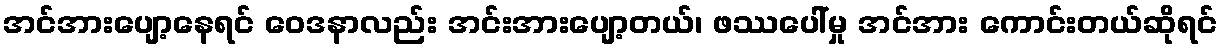
အင်အားပျော့နေရင် ဝေဒနာလည်း အင်းအားပျော့တယ်၊ ဖဿပေါ်မှု အင်အား ကောင်းတယ်ဆိုရင်